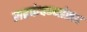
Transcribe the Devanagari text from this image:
सहकंपन्यांसह